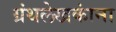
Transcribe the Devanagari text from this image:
ग्रंथलेखकांना